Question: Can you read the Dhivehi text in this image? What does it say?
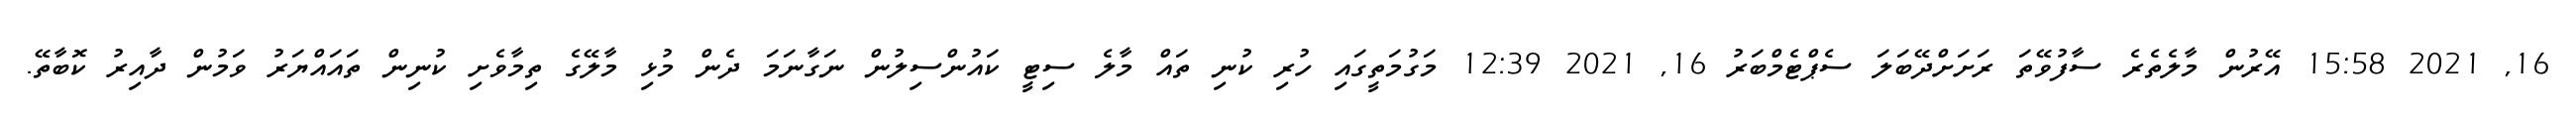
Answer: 16, 2021 15:58 އޭރުން މާލެތެރެ ސާފުވޭތަ ރަށަށްދޭބަލަ ސެޕްޓެމްބަރު 16, 2021 12:39 މަގުމަތީގައި ހުރި ކުނި ތައް މާލެ ސިޓީ ކައުންސިލުން ނަގާނަމަ ދެން މުޅި މާލޭގެ ތިމާވެށި ކުނިން ތައައްޔަރު ވަމުން ދާއިރު ކޮބާތޭ.